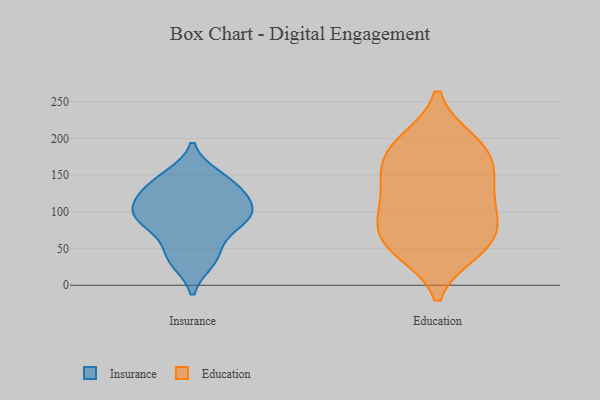
{"axis": {"x": "Headcount", "y": "Value"}, "legend": ["Education", "Insurance"], "data": [{"x": "", "y": 92, "type": "Insurance"}, {"x": "", "y": 33, "type": "Insurance"}, {"x": "", "y": 79, "type": "Insurance"}, {"x": "", "y": 96, "type": "Insurance"}, {"x": "", "y": 125, "type": "Insurance"}, {"x": "", "y": 43, "type": "Insurance"}, {"x": "", "y": 139, "type": "Insurance"}, {"x": "", "y": 148, "type": "Insurance"}, {"x": "", "y": 96, "type": "Insurance"}, {"x": "", "y": 115, "type": "Insurance"}, {"x": "", "y": 183, "type": "Education"}, {"x": "", "y": 195, "type": "Education"}, {"x": "", "y": 52, "type": "Education"}, {"x": "", "y": 155, "type": "Education"}, {"x": "", "y": 99, "type": "Education"}, {"x": "", "y": 196, "type": "Education"}, {"x": "", "y": 64, "type": "Education"}, {"x": "", "y": 47, "type": "Education"}, {"x": "", "y": 128, "type": "Education"}, {"x": "", "y": 89, "type": "Education"}, {"x": "", "y": 164, "type": "Education"}, {"x": "", "y": 142, "type": "Education"}, {"x": "", "y": 99, "type": "Education"}, {"x": "", "y": 56, "type": "Education"}]}